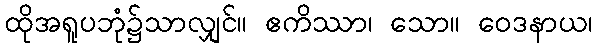
ထိုအရူပဘုံ၌သာလျှင်။ ဧကိဿာ၊ သော။ ဝေဒနာယ၊